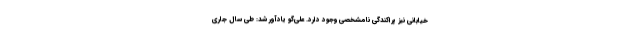
خیابانی نیز پراکندگی نامشخصی وجود دارد. علی‌گو یادآور شد: طی سال جاری